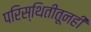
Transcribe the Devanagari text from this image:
परिस्थितीतूनही